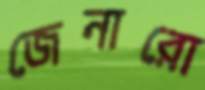
জেনারো